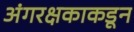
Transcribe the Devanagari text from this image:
अंगरक्षकाकडून